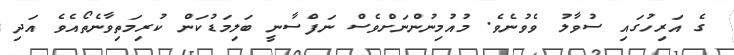
ގެ އަރިހުގައި ސުވާލު ވެވުނެވެ. މުއުމިނުންނަށްވެސް ނަފްސާނީ ބަލިމަޑުކަން ކުރިމަތިވާނެތޯއެވެ އަދި